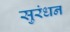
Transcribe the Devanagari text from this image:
सुरंधन